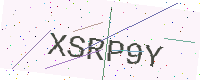
Text: XSRP9Y